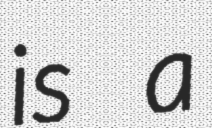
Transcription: is a